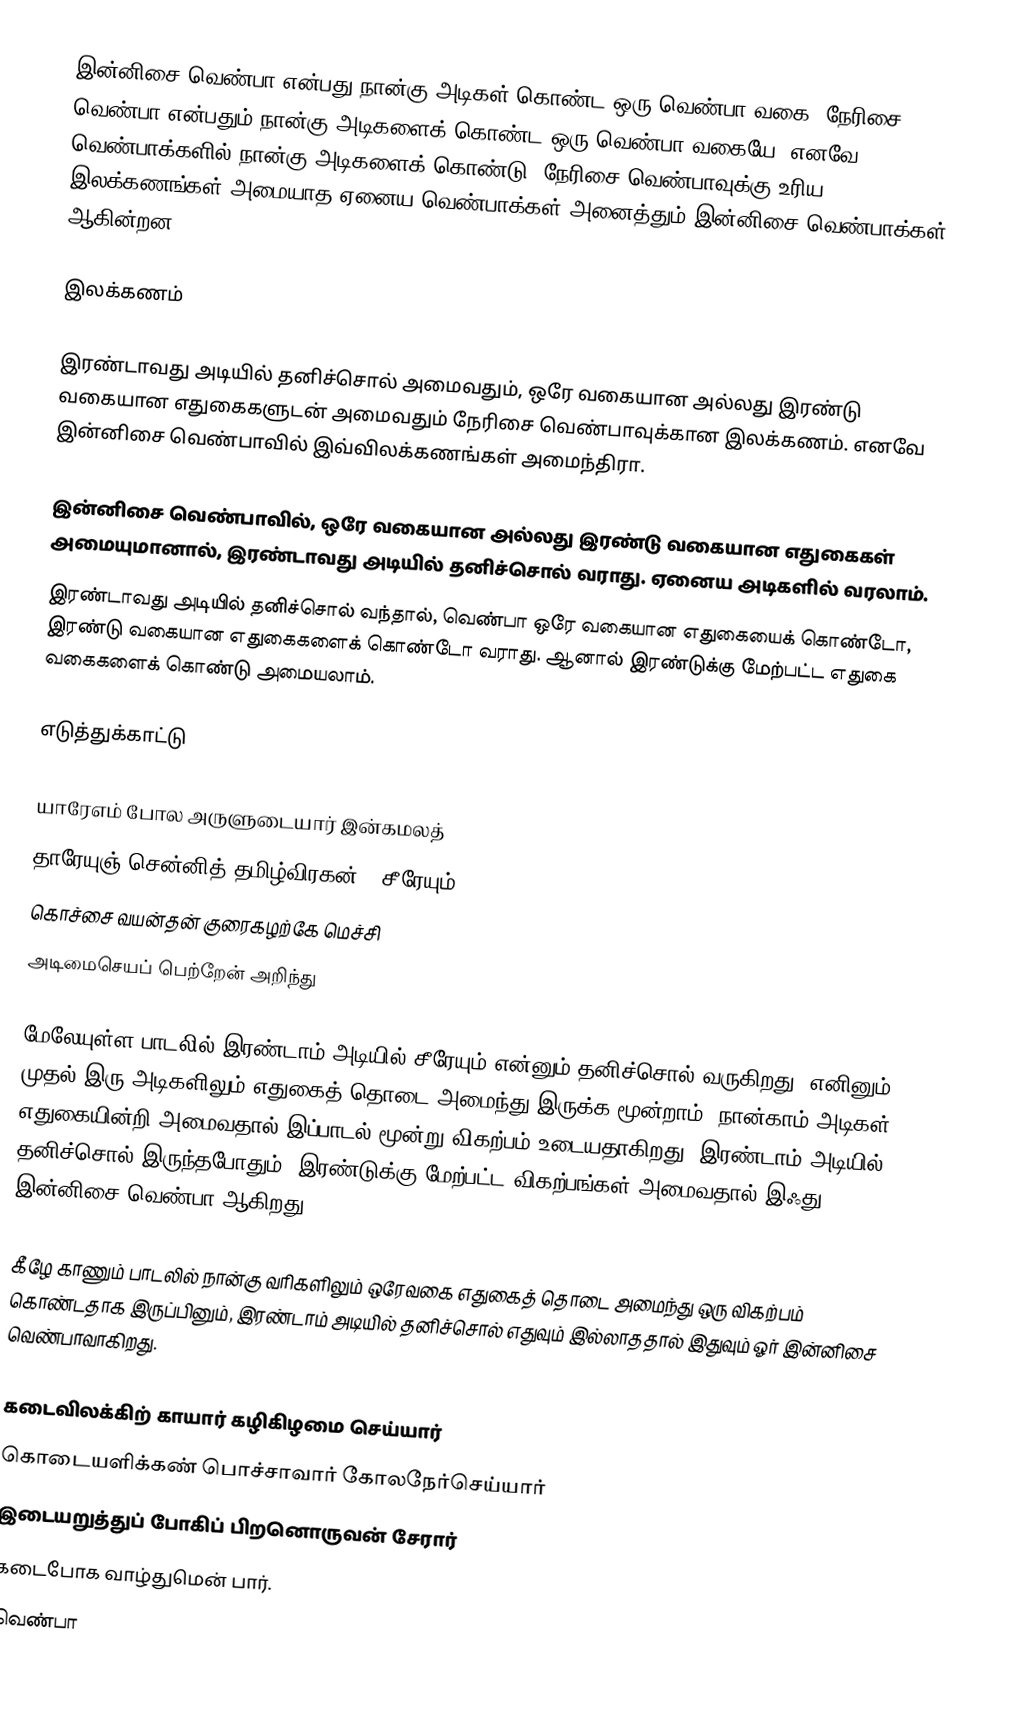
இன்னிசை வெண்பா என்பது நான்கு அடிகள் கொண்ட ஒரு வெண்பா வகை. நேரிசை வெண்பா என்பதும் நான்கு அடிகளைக் கொண்ட ஒரு வெண்பா வகையே. எனவே வெண்பாக்களில் நான்கு அடிகளைக் கொண்டு, நேரிசை வெண்பாவுக்கு உரிய இலக்கணங்கள் அமையாத ஏனைய வெண்பாக்கள் அனைத்தும் இன்னிசை வெண்பாக்கள் ஆகின்றன.

இலக்கணம்

இரண்டாவது அடியில் தனிச்சொல் அமைவதும், ஒரே வகையான அல்லது இரண்டு வகையான எதுகைகளுடன் அமைவதும் நேரிசை வெண்பாவுக்கான இலக்கணம். எனவே இன்னிசை வெண்பாவில் இவ்விலக்கணங்கள் அமைந்திரா.

 இன்னிசை வெண்பாவில், ஒரே வகையான அல்லது இரண்டு வகையான எதுகைகள் அமையுமானால், இரண்டாவது அடியில் தனிச்சொல் வராது. ஏனைய அடிகளில் வரலாம்.
 இரண்டாவது அடியில் தனிச்சொல் வந்தால், வெண்பா ஒரே வகையான எதுகையைக் கொண்டோ, இரண்டு வகையான எதுகைகளைக் கொண்டோ வராது. ஆனால் இரண்டுக்கு மேற்பட்ட எதுகை வகைகளைக் கொண்டு அமையலாம்.

எடுத்துக்காட்டு

 யாரேஎம் போல அருளுடையார் இன்கமலத்
 தாரேயுஞ் சென்னித் தமிழ்விரகன் - சீரேயும்
 கொச்சை வயன்தன் குரைகழற்கே மெச்சி
 அடிமைசெயப் பெற்றேன் அறிந்து

மேலேயுள்ள பாடலில் இரண்டாம் அடியில்  சீரேயும் என்னும் தனிச்சொல் வருகிறது. எனினும், முதல் இரு அடிகளிலும் எதுகைத் தொடை அமைந்து இருக்க மூன்றாம், நான்காம் அடிகள் எதுகையின்றி அமைவதால் இப்பாடல் மூன்று விகற்பம் உடையதாகிறது. இரண்டாம் அடியில் தனிச்சொல் இருந்தபோதும், இரண்டுக்கு மேற்பட்ட விகற்பங்கள் அமைவதால் இஃது இன்னிசை வெண்பா ஆகிறது.

கீழே காணும் பாடலில் நான்கு வரிகளிலும் ஒரேவகை எதுகைத் தொடை அமைந்து ஒரு விகற்பம் கொண்டதாக இருப்பினும், இரண்டாம் அடியில் தனிச்சொல் எதுவும் இல்லாததால் இதுவும் ஓர் இன்னிசை வெண்பாவாகிறது.

 கடைவிலக்கிற் காயார் கழிகிழமை செய்யார்
 கொடையளிக்கண் பொச்சாவார் கோலநேர்செய்யார்
 இடையறுத்துப் போகிப் பிறனொருவன் சேரார்
 கடைபோக வாழ்துமென் பார்.
வெண்பா